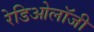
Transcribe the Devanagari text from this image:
रेडिओलॉजी